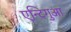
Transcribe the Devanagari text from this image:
एन्टिगुआ